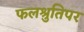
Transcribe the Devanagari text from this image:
फलश्रुतिपर